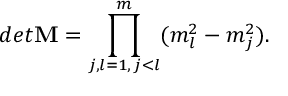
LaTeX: d e t \mathbf { M } = \prod _ { \substack { j , l = 1 , \, j < l } } ^ { m } ( m _ { l } ^ { 2 } - m _ { j } ^ { 2 } ) .